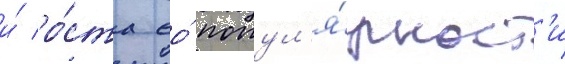
и́ ро́ста ео́ попул'я́рност'и